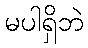
မပါရှိဘဲ